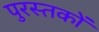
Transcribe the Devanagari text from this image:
पुरस्तकों